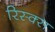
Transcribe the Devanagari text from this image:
रिस्क्स